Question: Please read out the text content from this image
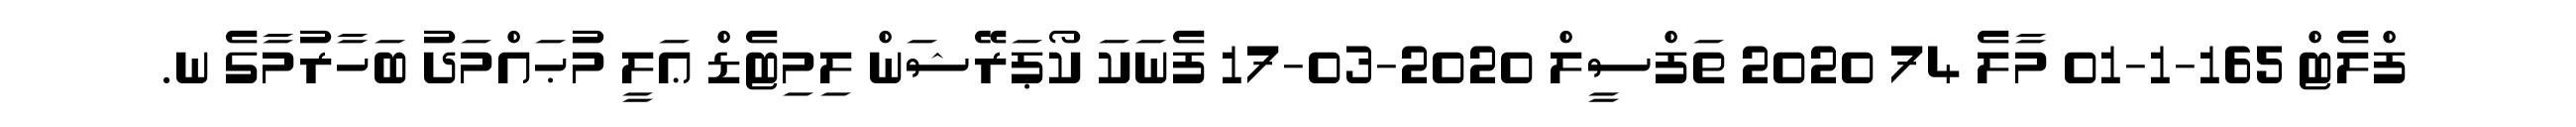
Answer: ފްލެޓް 165-1-01 މާލެ 74 2020 ތަފްސީލް 2020-03-17 ފެނަކަ ކޯޕަރޭޝަން ލިމިޓެޑް ޢަލީ މުޙައްމަދު ބަހާރުމާގެ ނ.